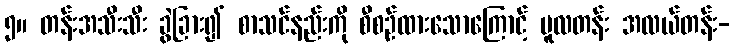
၅။ တန်းအသီးသီး ခွဲခြား၍ စာသင်နည်းကို စီစဉ်ထားသောကြောင့် မူလတန်း အလယ်တန်း-